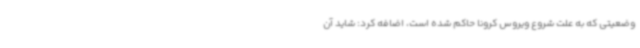
وضعیتی که به علت شروع ویروس کرونا حاکم شده است، اضافه‌ کرد: شاید آن